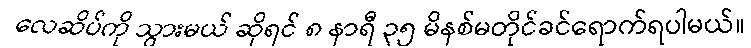
လေဆိပ်ကို သွားမယ် ဆိုရင် ၈ နာရီ ၃၅ မိနစ်မတိုင်ခင်ရောက်ရပါမယ်။